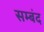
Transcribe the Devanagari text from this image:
सम्बंद